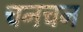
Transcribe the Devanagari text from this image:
चनचन